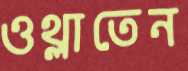
ওথ্‌লাতেন